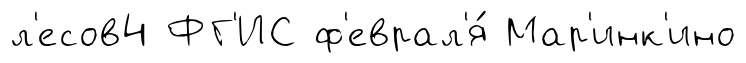
л'есов4 ФГ'ИС ф'еврал'я́ Мар'инк'ино